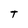
Character: t